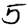
Digit: 5